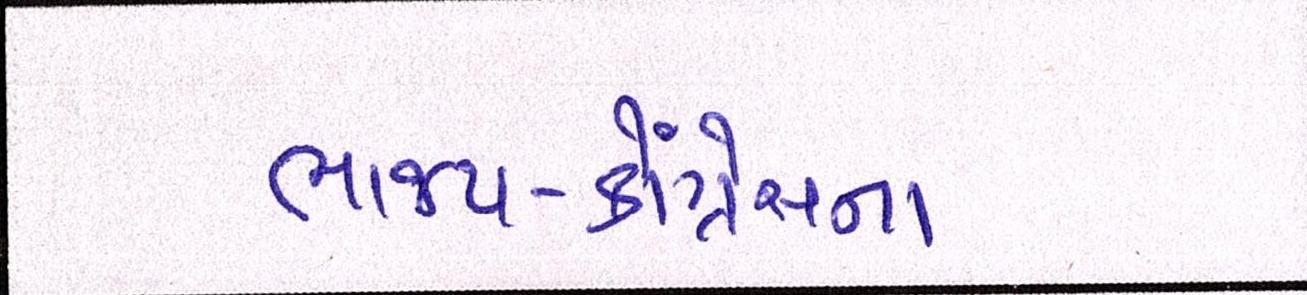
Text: ભાજપ-કોંગ્રેસના